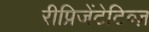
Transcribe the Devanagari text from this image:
रीप्रिजेंटेटिव्ज़